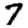
Digit: 7